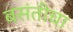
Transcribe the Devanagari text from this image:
बसंतीचा